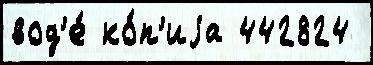
вод'е́ ко́п'иjа 442824